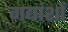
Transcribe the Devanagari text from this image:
गद्यांशों